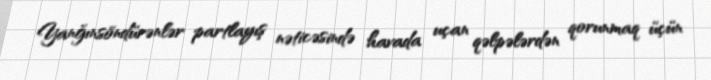
Yanğınsöndürənlər partlayış nəticəsində havada uçan qəlpələrdən qorunmaq üçün